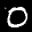
Label: 0